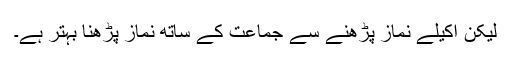
لیکن اکیلے نماز پڑھنے سے جماعت کے ساتھ نماز پڑھنا بہتر ہے۔